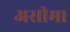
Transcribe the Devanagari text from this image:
असीम।